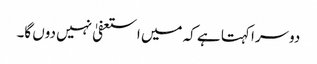
دوسرا کہتا ہے کہ میں استعفیٰ نہیں دوں گا۔